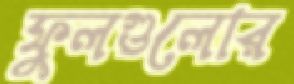
ফুলগুলোর